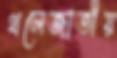
থলেজাতীয়